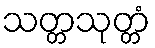
သတ္တသုတ္တံ